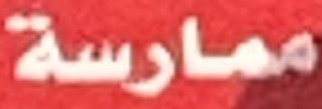
ممارسة